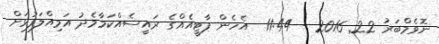
ނޮވެމްބަރު 22